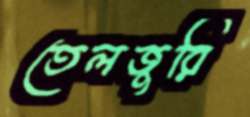
তেলজুরি